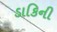
ડાકિની